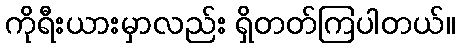
ကိုရီးယားမှာလည်း ရှိတတ်ကြပါတယ်။